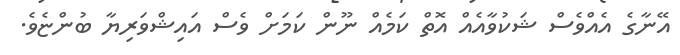
އޭނާގެ އެއްވެސް ޝަކުވާއެއް އޮތް ކަމެއް ނޫން ކަމަށް ވެސް އައިޝްވަރިޔާ ބުންޏެވެ.